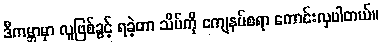
ဒီကမ္ဘာမှာ လူဖြစ်ခွင့် ရခဲ့တာ သိပ်ကို ကျေနပ်စရာ ကောင်းလှပါတယ်။